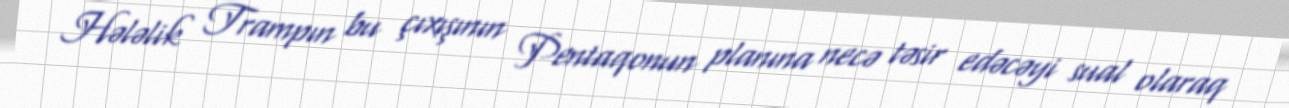
Hələlik Trampın bu çıxışının Pentaqonun planına necə təsir edəcəyi sual olaraq